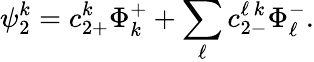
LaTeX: \psi_{2}^{k}=c_{2+}^{k}\Phi_{k}^{+}+\sum_{\ell}{c_{2-}^{\ell\, k}\Phi_{\ell}^{-}}.